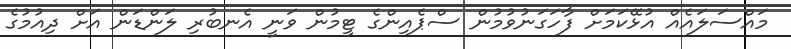
މައްސަލައެއް އުޅޭކަމަށް ފާހަގަނުވުމުން ސްޕެއިންގެ ޓީމުން ވަނީ އެނބުރި ލަންޑަން އަށް ދިއުމުގެ